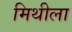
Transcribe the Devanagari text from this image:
मिथीला